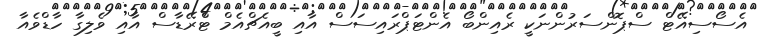
އެސޯސިއޭޓް ސްޕޮންސަރުންނަކީ ރެއިންބޯ އެންޓަޕްރައިސަސް އާއި ބީއެޗްއެމް ޓްރޭޑާސް އާއި ވެލިގާ ހާޑްވެއާ